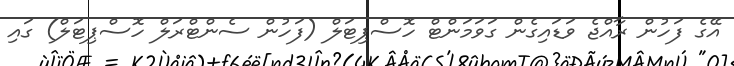
އޭގެ ފަހުން ރާއްޖެ ވަޑައިގެން ގަވަމަންޓް ހޮސްޕިޓަލް (ފަހުން ސެންޓްރަލް ހޮސްޕިޓަލް) ގައި